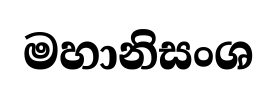
මහානිසංශ